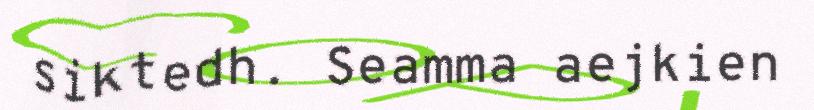
siktedh. Seamma aejkien